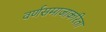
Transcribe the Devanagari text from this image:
वर्णसमाजाकरिता